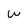
Character: W